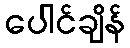
ပေါင်ချိန်